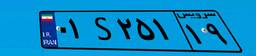
۹۵S۰۳۸۳۵